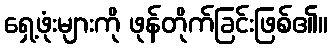
ရှေ့ဖုံးများကို ဖုန်တိုက်ခြင်းဖြစ်၏။